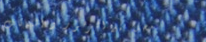
محل بيع الزهور و النباتات